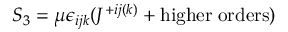
S _ { 3 } = \mu \epsilon _ { i j k } ( J ^ { + i j ( k ) } + \mathrm { h i g h e r \; o r d e r s } )